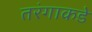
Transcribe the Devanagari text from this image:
तरंगाकडे